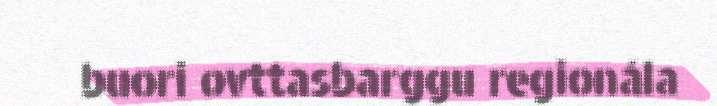
buori ovttasbarggu regionála